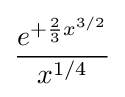
{\frac {e^{+{\frac {2}{3}}x^{3/2}}}{x^{1/4}}}